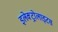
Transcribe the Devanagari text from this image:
इलेक्ट्रोलाइटस